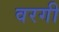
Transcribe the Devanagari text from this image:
वरगी